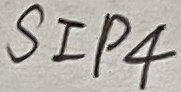
Text: SIP4